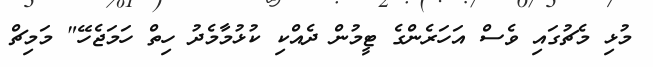
މުޅި މެޗުގައި ވެސް އަހަރެންގެ ޓީމުން ދެއްކި ކުޅުމާމެދު ހިތް ހަމަޖެހޭ" މަމިޗް